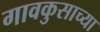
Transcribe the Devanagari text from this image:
गावकुसाच्या